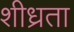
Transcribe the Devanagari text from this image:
शीध्रता